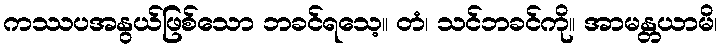
ကဿပအနွယ်ဖြစ်သော ဘခင်ရသေ့။ တံ၊ သင်ဘခင်ကို။ အာမန္တယာမိ၊